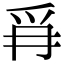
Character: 𭶪